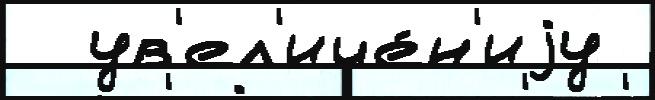
  ув'ел'иче́н'иjу